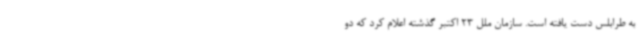
به طرابلس دست یافته است. سازمان ملل 23 اکتبر گذشته اعلام کرد که دو